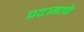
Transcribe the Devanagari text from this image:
प्रदानाचे